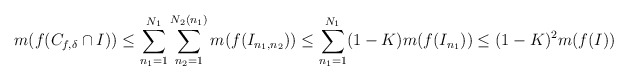
\begin{align*}m(f(C_{f,\delta} \cap I)) \leq \sum_{n_1=1}^{N_1} \sum_{n_2 = 1}^{N_{2}(n_1)} m (f(I_{n_1,n_2})) \leq \sum_{n_1=1}^{N_1} (1-K) m(f(I_{n_1})) \le (1-K)^2 m(f(I))\end{align*}